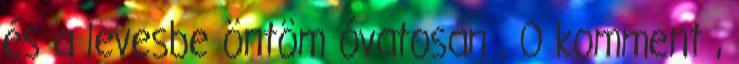
és a levesbe öntöm óvatosan . 0 komment ,